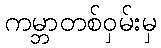
ကမ္ဘာတစ်ဝှမ်းမှ